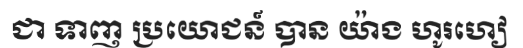
ជា ទាញ ប្រយោជន៍ បាន យ៉ាង ហូរហៀ